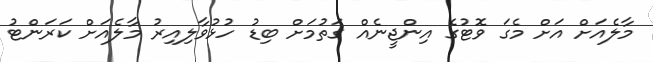
މާލެއަށް އަށް މެގަ ވޮޓުގެ އިންޖީނެއް ގަތުމަށް ބިޑު ހުޅުވާލިއިރު މާލެއަށް ކަރަންޓު